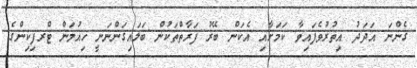
ގެންނަ އަދަދު އިތުރުވެފައިވާ ކަމަށާއި އެކަން ބޭރު ފަރާތްތަކުން ބަލައިގަންނަނީ ހިއުމަން ޓްރފިކިންގެ